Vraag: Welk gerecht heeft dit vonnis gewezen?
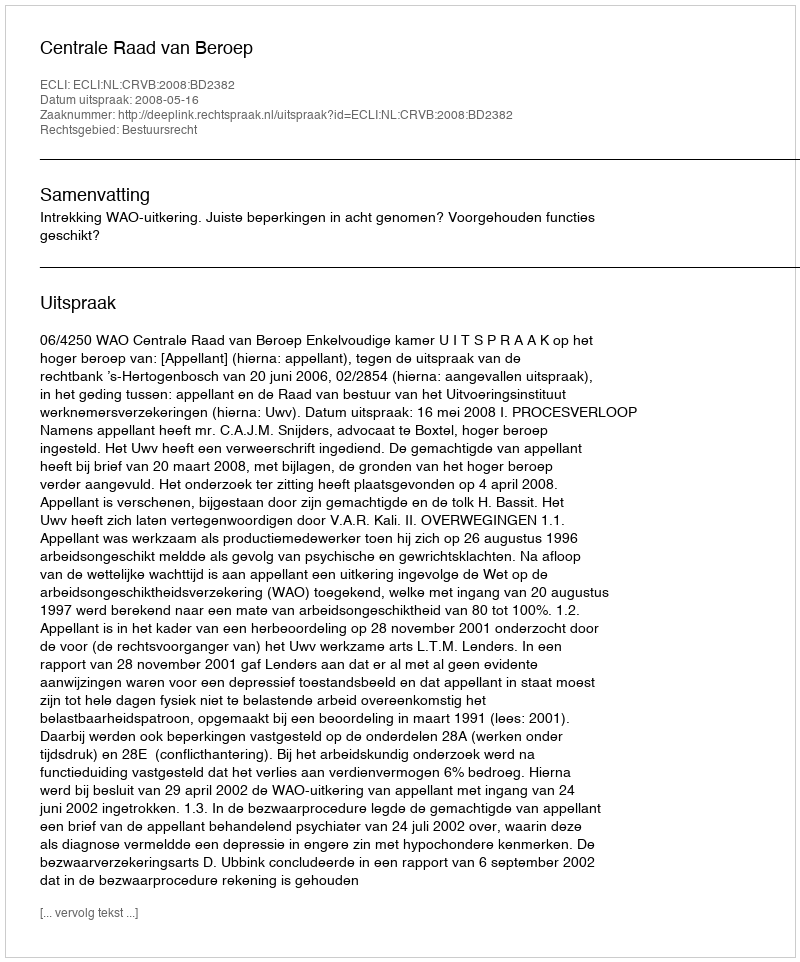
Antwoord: Centrale Raad van Beroep